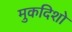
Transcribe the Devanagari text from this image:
मुकदिशो